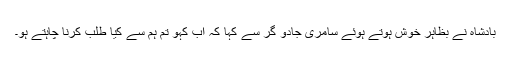
بادشاہ نے بظاہر خوش ہوتے ہوئے سامری جادو گر سے کہا کہ اب کہو تم ہم سے کیا طلب کرنا چاہتے ہو۔